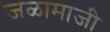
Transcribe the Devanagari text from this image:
जळामाजी